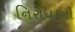
નિરોધકનો